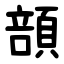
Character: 䫓